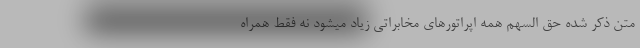
متن ذکر شده حق السهم همه اپراتورهای مخابراتی زیاد میشود نه فقط همراه